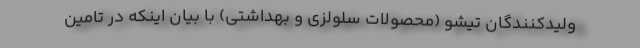
ولیدکنندگان تیشو (محصولات سلولزی و بهداشتی) با بیان اینکه در تامین